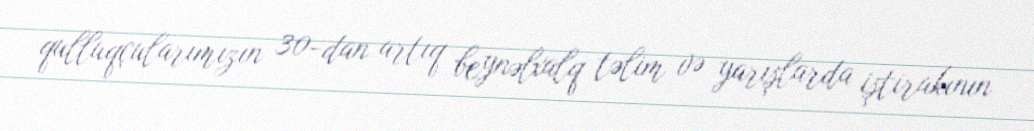
qulluqçularımızın 30-dan artıq beynəlxalq təlim və yarışlarda iştirakının